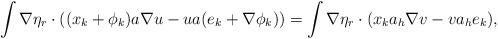
LaTeX: \begin{align*}\int\nabla\eta_r\cdot((x_k+\phi_k)a\nabla u-ua(e_k+\nabla\phi_k))=\int\nabla\eta_r\cdot(x_ka_h\nabla v-va_he_k),\end{align*}